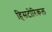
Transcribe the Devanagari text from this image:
हिसटोरिकल